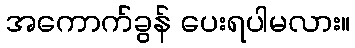
အကောက်ခွန် ပေးရပါမလား။